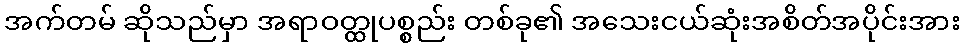
အက်တမ် ဆိုသည်မှာ အရာဝတ္ထုပစ္စည်း တစ်ခု၏ အသေးငယ်ဆုံးအစိတ်အပိုင်းအား